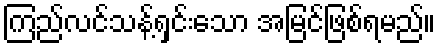
ကြည်လင်သန့်ရှင်းသော အမြင်ဖြစ်ရမည်။